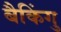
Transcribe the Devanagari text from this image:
बैकिंगु